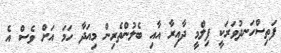
ފަތިސްހަނދުވަރަކީ ފިލްމީ ދާއިރާ އާއި ބެލުންތެރިން މިއަދާ ހަމަ އަށް ވެސް އެ